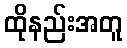
ထိုနည်းအတူ